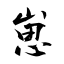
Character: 崽